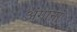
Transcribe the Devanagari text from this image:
अंगानां